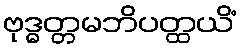
ဗုဒ္ဓတ္တမဘိပတ္ထယိံ